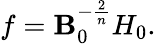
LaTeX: f=\mathbf{B}_{0}^{-\frac{2}{n}}H_{0}.